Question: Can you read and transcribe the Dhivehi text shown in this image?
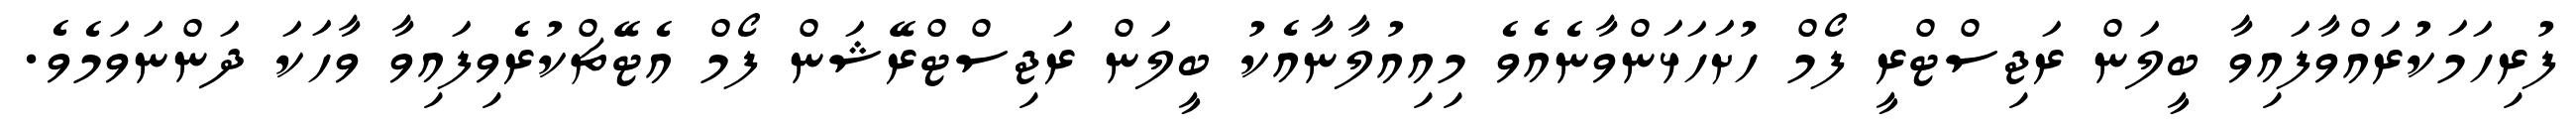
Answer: ފުރިހަމަކުރައްވާފައިވާ ބީލަން ރަޖިސްޓްރީ ފޯމް ހުށަހަޅަންވާނެއެވެ މިއިއުލާނާއެކު ބީލަން ރަޖިސްޓްރޭޝަން ފޯމް އެޓޭޗްކުރެވިފައިވާ ވާހަކަ ދަންނަވަމެވެ.